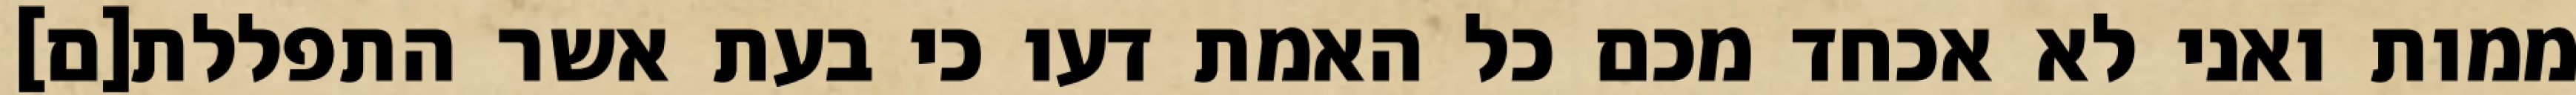
ממות ואני לא אכחד מכם כל האמת דעו כי בעת אשר התפללת[ם]